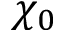
\chi _ { 0 }